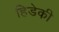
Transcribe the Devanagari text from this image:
हिडेकी